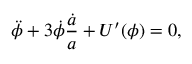
\ddot { \phi } + 3 \dot { \phi } \frac { \dot { a } } { a } + U ^ { \prime } ( \phi ) = 0 ,